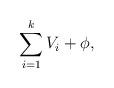
LaTeX: \begin{align*}\sum_{i=1}^k V_i +\phi,\end{align*}